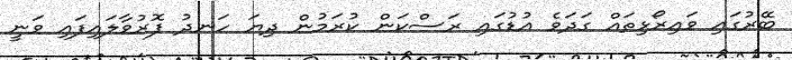
ބޭރުގައި ވައިރޯޅިތައް ގަދަވެ އުޑުގައި ރަސްކަން ކުރަމުން ދިޔަ ހަނދު ފޮރުވާލައިފައި ވަނީ